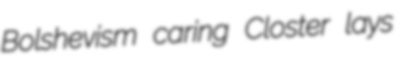
Bolshevism caring Closter lays